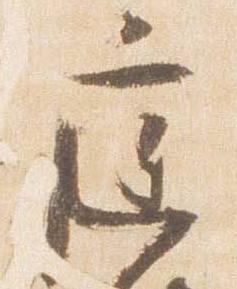
庭